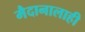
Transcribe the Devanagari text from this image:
मैदानालाही